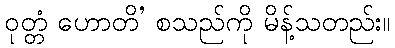
ဝုတ္တံ ဟောတိ’ စသည်ကို မိန့်သတည်း။